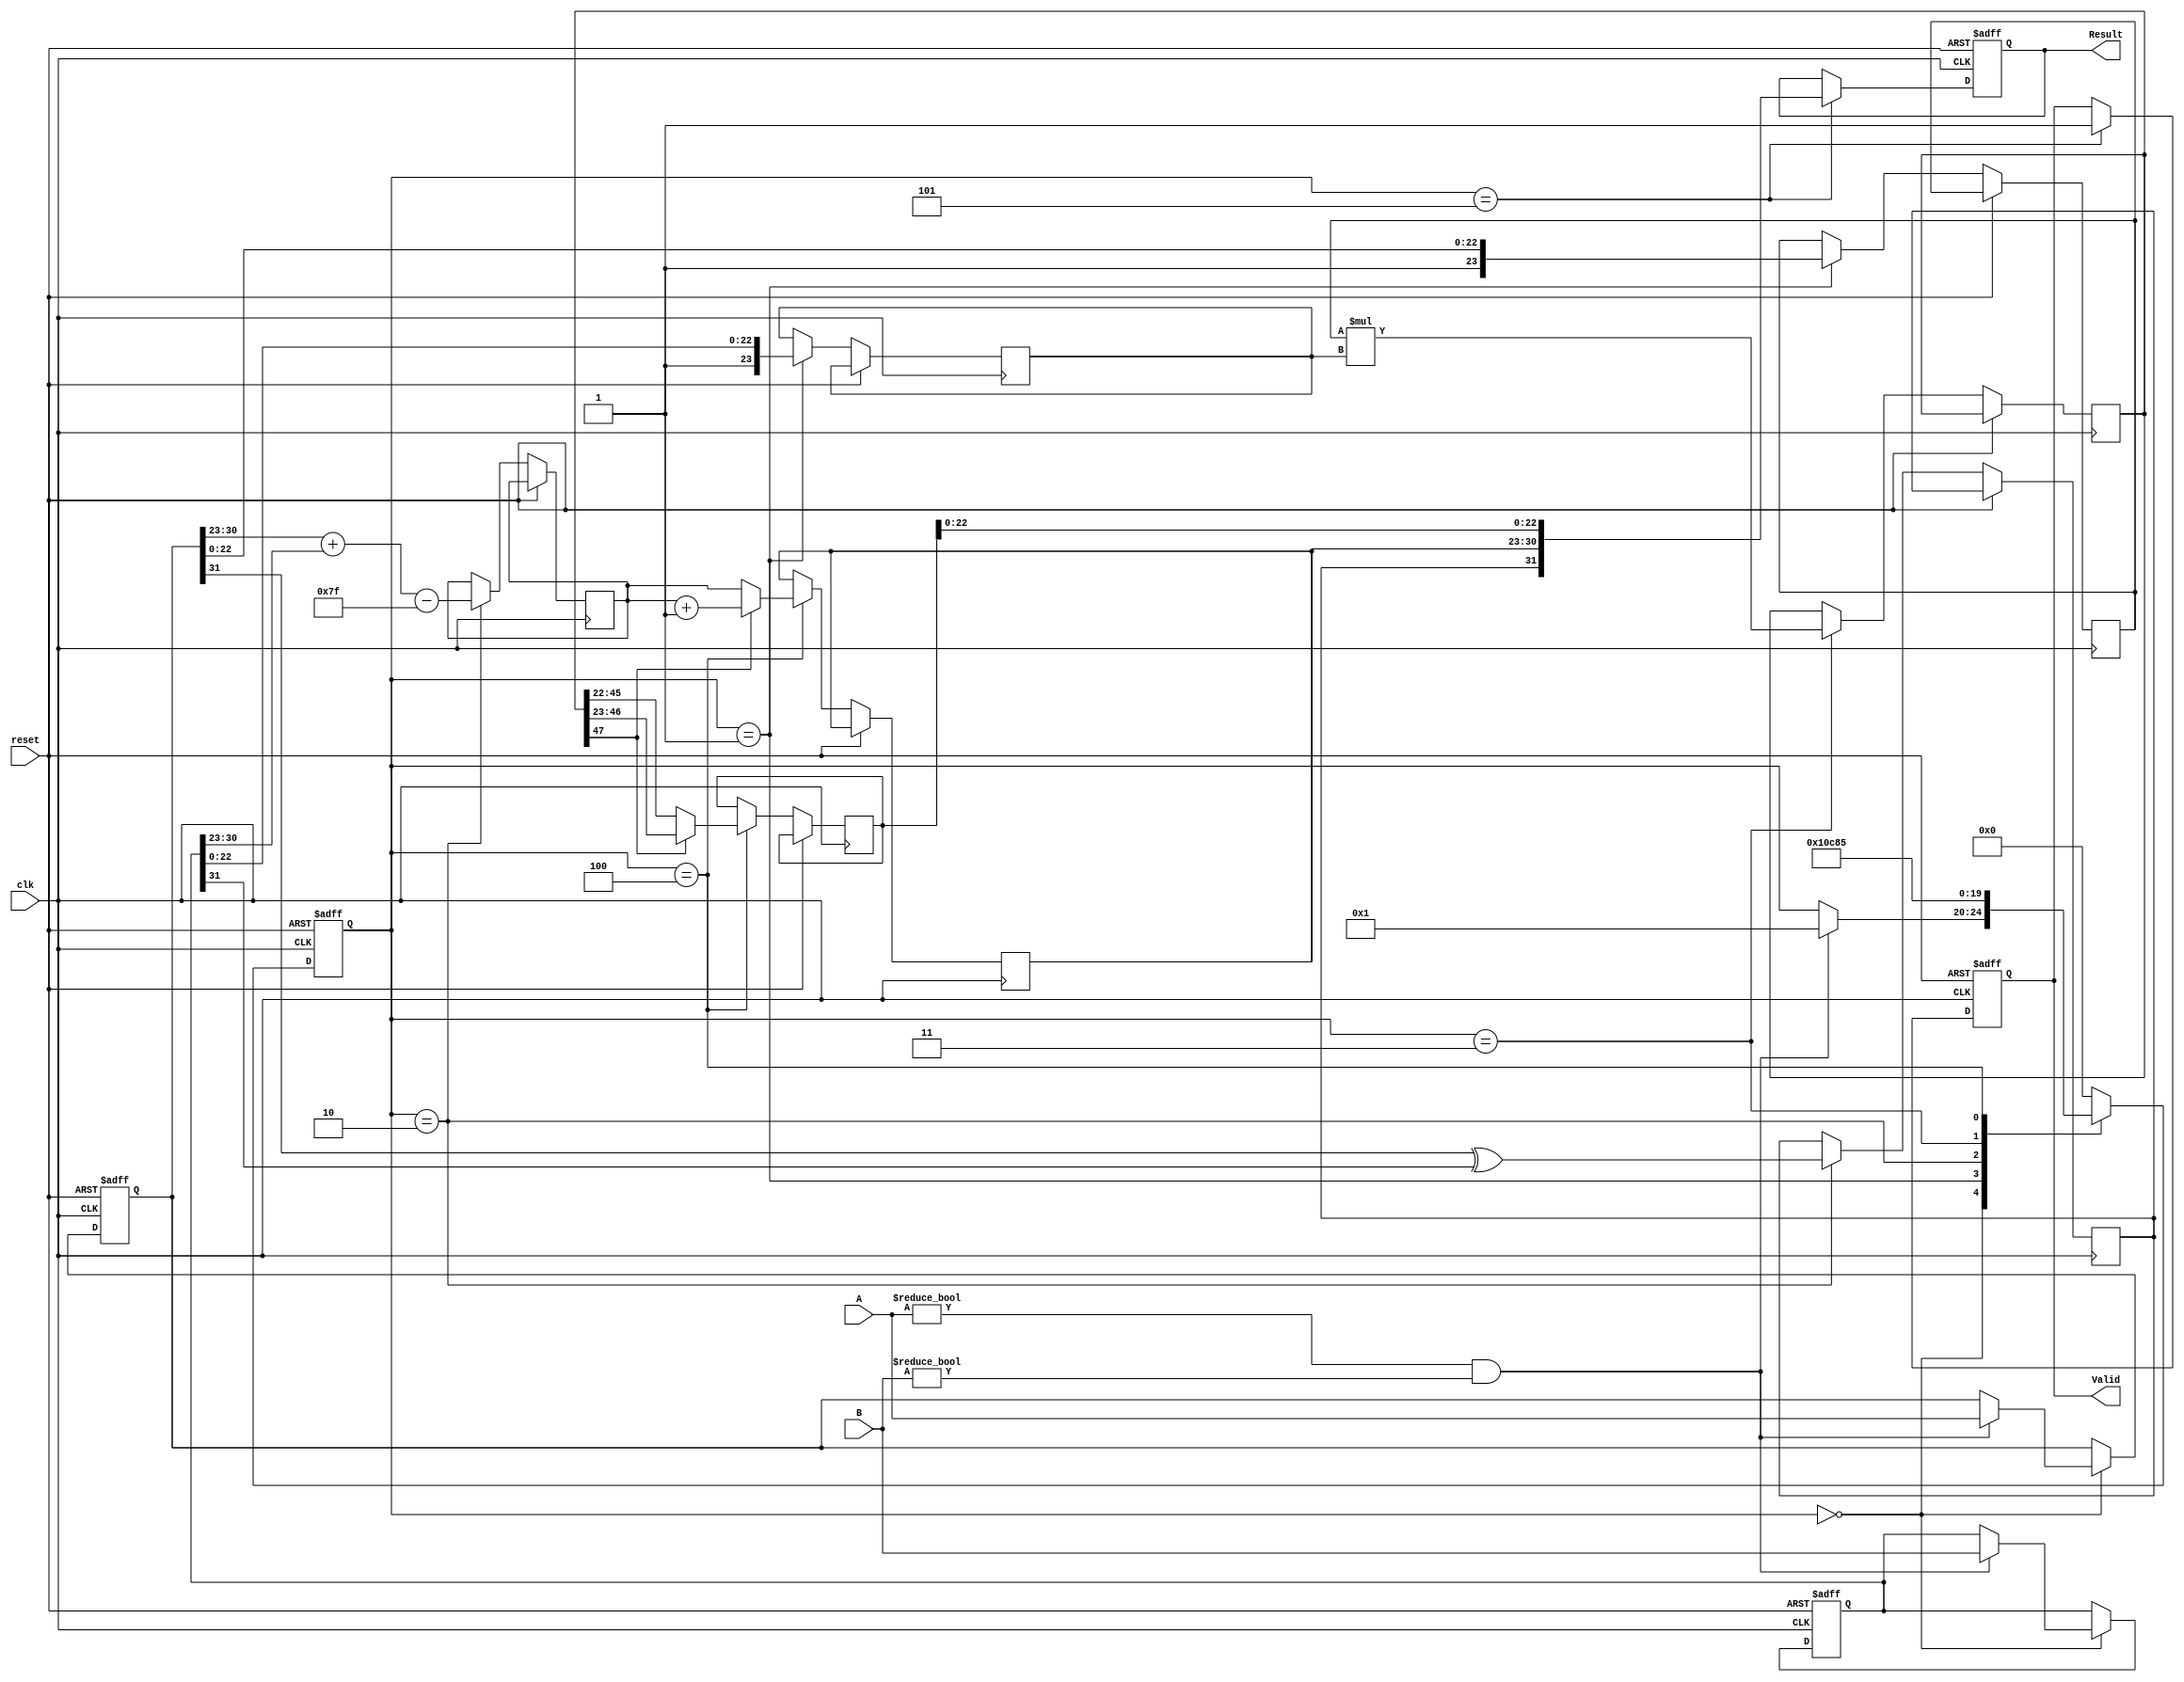
module pipelined_fp_multiplier (
    input wire clk,
    input wire reset,
    input wire [31:0] A, // 32-bit input A
    input wire [31:0] B, // 32-bit input B
    output reg [31:0] Result, // 32-bit output Result
    output reg Valid // Output valid signal
);

    // Pipeline registers
    reg [31:0] A_reg, B_reg; // Stage 1
    reg sign; // Stage 2
    reg [7:0] exponent; // Stage 2
    reg [23:0] mantissa_A; // Stage 1
    reg [23:0] mantissa_B; // Stage 1
    reg [47:0] mantissa_product; // Stage 3
    reg [7:0] exponent_result; // Stage 4
    reg [23:0] mantissa_result; // Stage 4
    reg [4:0] state; // FSM state

    // State definitions
    localparam IDLE = 0, STAGE1 = 1, STAGE2 = 2, STAGE3 = 3, STAGE4 = 4, STAGE5 = 5;

    // Control logic
    always @(posedge clk or posedge reset) begin
        if (reset) begin
            A_reg <= 32'b0;
            B_reg <= 32'b0;
            Result <= 32'b0;
            Valid <= 0;
            state <= IDLE;
        end else begin
            case (state)
                IDLE: begin
                    if (A != 0 && B != 0) begin
                        A_reg <= A;
                        B_reg <= B;
                        state <= STAGE1;
                    end
                end
                STAGE1: begin
                    // Extract sign, exponent, and mantissa
                    mantissa_A <= {1'b1, A_reg[22:0]}; // Implicit leading 1
                    mantissa_B <= {1'b1, B_reg[22:0]}; // Implicit leading 1
                    state <= STAGE2;
                end
                STAGE2: begin
                    // Compute sign and sum of exponents
                    sign <= A_reg[31] ^ B_reg[31];
                    exponent <= A_reg[30:23] + B_reg[30:23] - 127; // Bias adjustment
                    state <= STAGE3;
                end
                STAGE3: begin
                    // Multiply mantissas
                    mantissa_product <= mantissa_A * mantissa_B;
                    state <= STAGE4;
                end
                STAGE4: begin
                    // Normalize the result mantissa and adjust exponent
                    if (mantissa_product[47]) begin
                        mantissa_result <= mantissa_product[46:23]; // Shift right
                        exponent_result <= exponent + 1;
                    end else begin
                        mantissa_result <= mantissa_product[45:22]; // No shift
                        exponent_result <= exponent;
                    end
                    state <= STAGE5;
                end
                STAGE5: begin
                    // Pack the final result
                    Result <= {sign, exponent_result[7:0], mantissa_result[22:0]};
                    Valid <= 1; // Output valid
                    state <= IDLE; // Go back to IDLE
                end
                default: state <= IDLE;
            endcase
        end
    end
endmodule